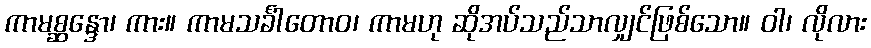
ကာမစ္ဆန္ဒော၊ ကား။ ကာမသင်္ခါတောဝ၊ ကာမဟု ဆိုအပ်သည်သာလျှင်ဖြစ်သော။ ဝါ၊ လိုလား